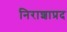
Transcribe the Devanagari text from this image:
निराशाप्रद